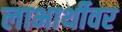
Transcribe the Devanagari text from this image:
लाभार्थीवर